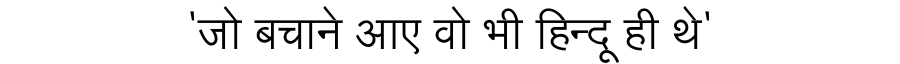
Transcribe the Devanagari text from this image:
'जो बचाने आए वो भी हिन्दू ही थे'